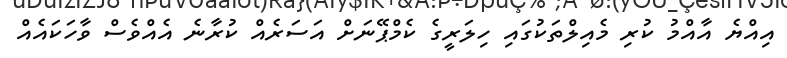
އިއްޔެ އާއްމު ކުރި މެއިލްތަކުގައި ހިލަރީގެ ކެމްޕޭނަށް އަސަރެއް ކުރާނެ އެއްވެސް ވާހަކައެއް